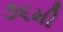
૭૬મી